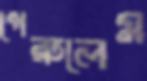
পেরুলেম